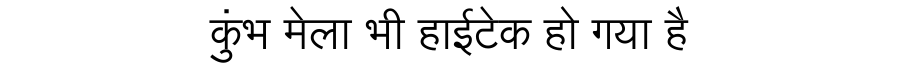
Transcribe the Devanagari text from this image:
कुंभ मेला भी हाईटेक हो गया है